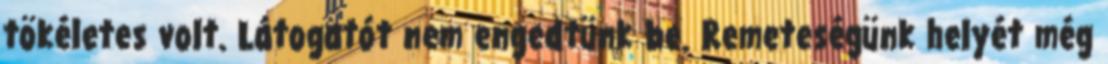
tökéletes volt. Látogatót nem engedtünk be. Remeteségünk helyét még